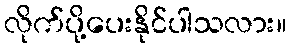
လိုက်ပို့ပေးနိုင်ပါသလား။